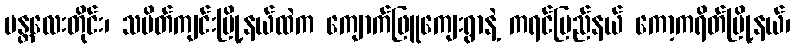
မန္တလေးတိုင်း၊ သပိတ်ကျင်းမြို့နယ်ထဲက ကျောက်ဖြူကျေးရွာနဲ့ ကရင်ပြည်နယ် ကော့ကရိတ်မြို့နယ်၊